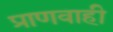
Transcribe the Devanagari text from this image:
प्राणवाही